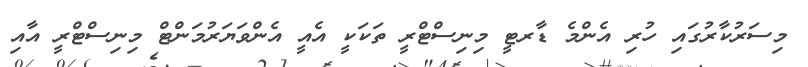
މިސަރުކާރުގައި ހުރި އެންމެ ޑާރޓީ މިނިސްޓްރީ ތަކަކީ އެއީ އެންވަޔަރުމަންޓް މިނިސްޓްރީ އާއި